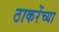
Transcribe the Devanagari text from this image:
ठाकरेंच्या